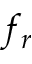
f _ { r }